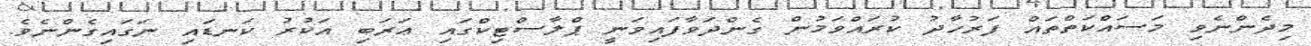
މިދެންނެވި މަސައްކަތްތައް ފަރުހާދު ކުރައްވަމުން ގެންދަވާފައިވަނީ ޕްލާސްޓިކްގައި ޢަރަބި އަކުރު ކަނޑައި ނަގައިގެންނެވެ.